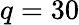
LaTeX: q=30